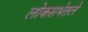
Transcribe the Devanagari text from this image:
लोकसभेतले